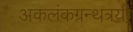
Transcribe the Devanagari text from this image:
अकलंकग्रन्थत्रयी